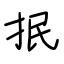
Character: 抿